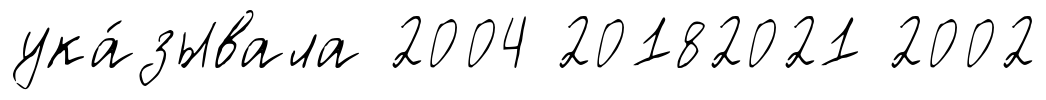
ука́зывала 2004 20182021 2002